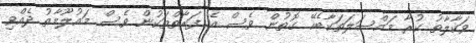
ވަކާލާތު ކުރާ މައްސަލަތަކާބެހޭ ގޮތުން ވެސް އެ ފަރާތްތަކުން ވެސް މައުލޫމާތު ދެއްވި